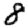
Digit: 8